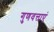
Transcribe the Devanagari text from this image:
गुणवत्ताएं